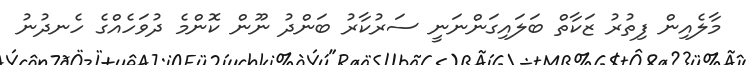
މާލެއިން ފިތުރު ޒަކާތް ބަލައިގަންނަނީ ސަރުކާރު ބަންދު ނޫން ކޮންމެ ދުވަހެއްގެ ހެނދުނު